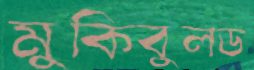
মুকিবুলড